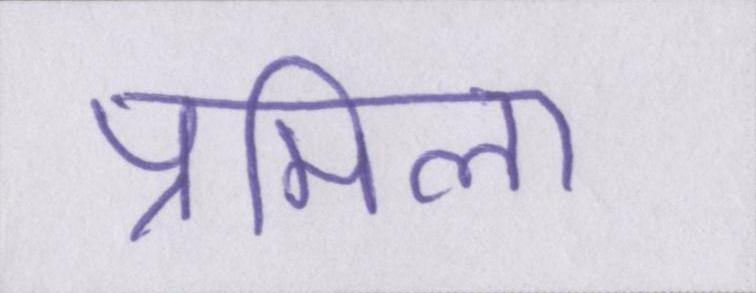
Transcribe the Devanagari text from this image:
प्रमिला